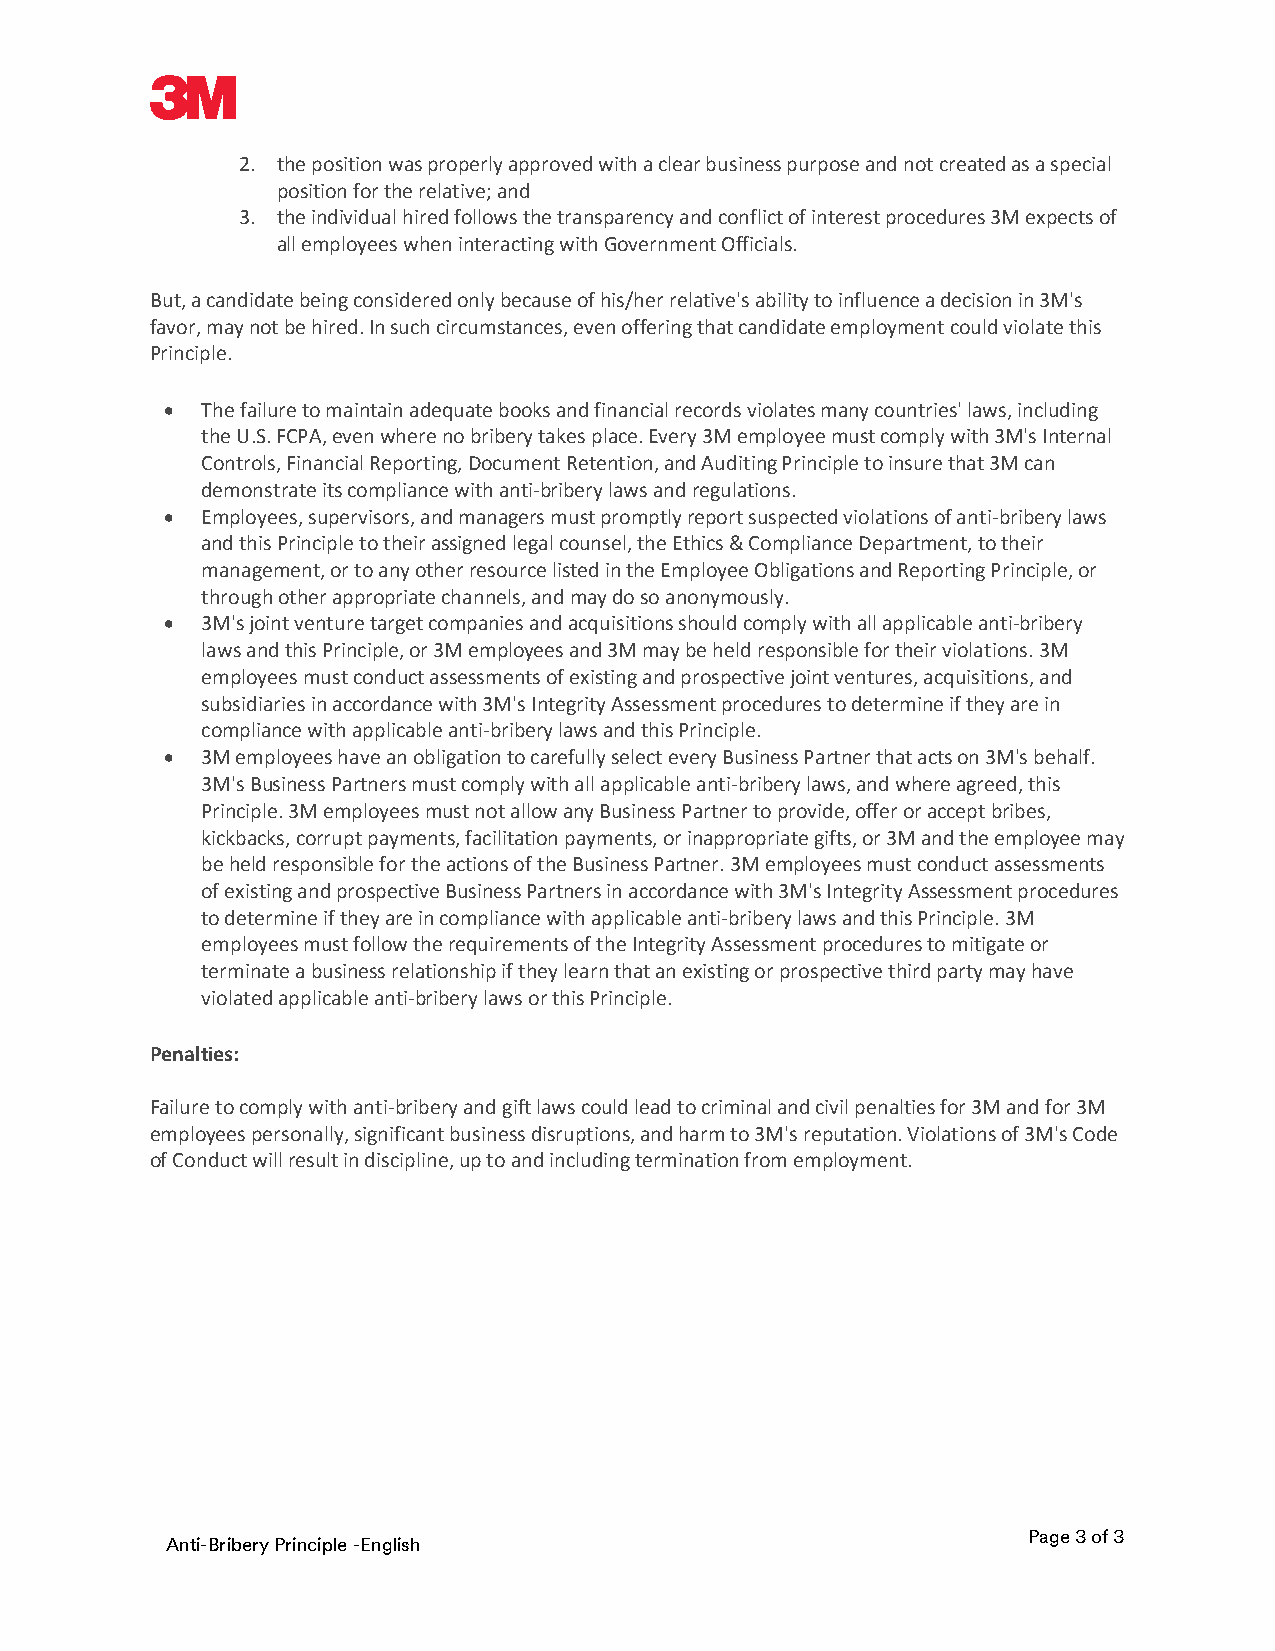
2. the position was properly approved with a clear business purpose and not created as a special
 position for the relative; and
 3. the individual hired follows the transparency and conflict of interest procedures 3M expects of
 all employees when interacting with Government Officials.
 But, a candidate being considered only because of his/her relative's ability to influence a decision in 3M's
 favor, may not be hired. In such circumstances, even offering that candidate employment could violate this
 Principle.
 • The failure to maintain adequate books and financial records violates many countries' laws, including
 the U.S. FCPA, even where no bribery takes place. Every 3M employee must comply with 3M's Internal
 Controls, Financial Reporting, Document Retention, and Auditing Principle to insure that 3M can
 demonstrate its compliance with anti-bribery laws and regulations.
 • Employees, supervisors, and managers must promptly report suspected violations of anti-bribery laws
 and this Principle to their assigned legal counsel, the Ethics & Compliance Department, to their
 management, or to any other resource listed in the Employee Obligations and Reporting Principle, or
 through other appropriate channels, and may do so anonymously.
 • 3M's joint venture target companies and acquisitions should comply with all applicable anti-bribery
 laws and this Principle, or 3M employees and 3M may be held responsible for their violations. 3M
 employees must conduct assessments of existing and prospective joint ventures, acquisitions, and
 subsidiaries in accordance with 3M's Integrity Assessment procedures to determine if they are in
 compliance with applicable anti-bribery laws and this Principle.
 • 3M employees have an obligation to carefully select every Business Partner that acts on 3M's behalf.
 3M's Business Partners must comply with all applicable anti-bribery laws, and where agreed, this
 Principle. 3M employees must not allow any Business Partner to provide, offer or accept bribes,
 kickbacks, corrupt payments, facilitation payments, or inappropriate gifts, or 3M and the employee may
 be held responsible for the actions of the Business Partner. 3M employees must conduct assessments
 of existing and prospective Business Partners in accordance with 3M's Integrity Assessment procedures
 to determine if they are in compliance with applicable anti-bribery laws and this Principle. 3M
 employees must follow the requirements of the Integrity Assessment procedures to mitigate or
 terminate a business relationship if they learn that an existing or prospective third party may have
 violated applicable anti-bribery laws or this Principle.
 Penalties:
 Failure to comply with anti-bribery and gift laws could lead to criminal and civil penalties for 3M and for 3M
 employees personally, significant business disruptions, and harm to 3M's reputation. Violations of 3M's Code
 of Conduct will result in discipline, up to and including termination from employment.
 Page 3 of 3
 Anti-Bribery Principle -English